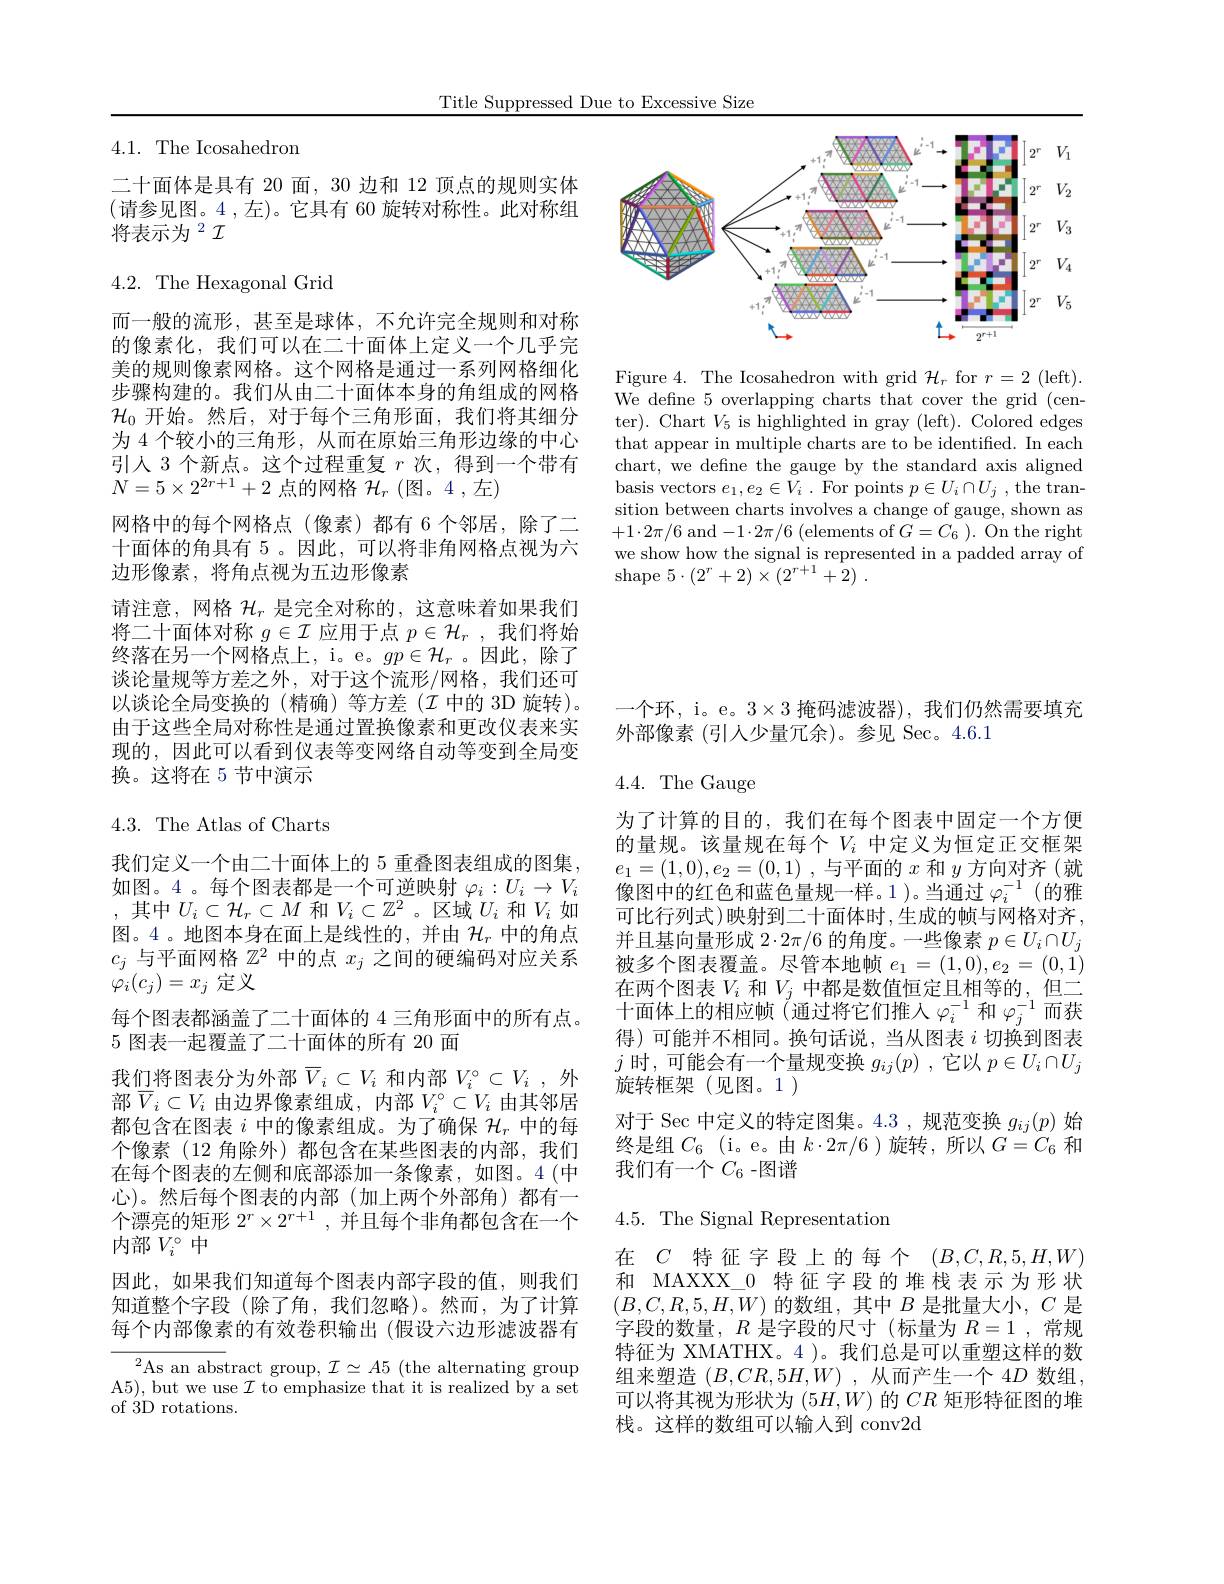
Title Suppressed Due to Excessive Size

<FigureHere>

Figure 4. The Icosahedron with grid $\mathcal{H}_r$ for $r=2$ (left). We define 5 overlapping charts that cover the grid (center). Chart $V_5$ is highlighted in gray (left). Colored edges that appear in multiple charts are to be identified. In each chart, we define the gauge by the standard axis aligned basis vectors $e_1,e_2\in V_i$ . For points $p\in U_i\cap U_j$ , the transition between charts involves a change of gauge, shown as $+1\cdot2\pi/6$ and$-1\cdot2\pi/6$ (elements of $G=C_6).$ On the right we show how the signal is represented in a padded array of ${\mathrm{shape~}5\cdot ( 2^{r}+ 2) \times ( 2^{r+ 1}+ 2) }$ .

## 4.1. The Icosahedron

二十面体是具有 20 面，30 边和 12 顶点的规则实体(请参见图。4 ,左)。它具有 60 旋转对称性。此对称组将表示为$^2\mathcal{I}$

4.2. The Hexagonal Grid

而一般的流形，甚至是球体，不允许完全规则和对称的像素化，我们可以在二十面体上定义一个几乎完美的规则像素网格。这个网格是通过一系列网格细化步骤构建的。我们从由二十面体本身的角组成的网格$\mathcal{H}_0$开始。然后，对于每个三角形面，我们将其细分为 4 个较小的三角形，从而在原始三角形边缘的中心引人 3 个新点。这个过程重复$r$次，得到一个带有$N=5\times2^{2r+1}+2$点的网格$\mathcal{H}_r\left(\text{图。4,左}\right)$
网格中的每个网格点(像素)都有 6 个邻居，除了二十面体的角具有 5 。因此，可以将非角网格点视为六边形像素，将角点视为五边形像素
请注意，网格$\mathcal{H}_r$是完全对称的，这意味着如果我们将二十面体对称$g\in\mathcal{I}$应用于点$p\in\mathcal{H}_r$,我们将始终落在另一个网格点上，i。e。$gp\in\mathcal{H}_r$ 。因此，除了谈论量规等方差之外，对于这个流形/网格，我们还可以谈论全局变换的 (精确)等方差$(\mathcal{I}$中的 3D 旋转)。由于这些全局对称性是通过置换像素和更改仪表来实现的，因此可以看到仪表等变网络自动等变到全局变换。这将在 5 节中演示

4.3.The Atlas of Charts
我们定义一个由二十面体上的 5 重叠图表组成的图集， 如图。4。每个图表都是一个可逆映射$\varphi_i:U_i\to V_i$ ,其中$U_i\subset\mathcal{H}_r\subset M$和$V_i\subset\mathbb{Z}^2$ 。区域$U_i$和$V_i$如图。4。地图本身在面上是线性的，并由$\mathcal{H}_r$中的角点$c_j$与平面网格$\mathbb{Z}^2$中的点$x_j$之间的硬编码对应关系$\varphi_i(c_j)=x_j$定义
每个图表都涵盖了二十面体的 4 三角形面中的所有点。
5 图表一起覆盖了二十面体的所有 20 面
我们将图表分为外部$\overline{V}_i\subset V_i$ 和内部 $V_i^\circ\subset V_i$ ,外部$\overline{V}_i\subset V_i$由边界像素组成，内部$V_i^\circ\subset V_i$由其邻居都包含在图表$i$中的像素组成。为了确保$\mathcal{H}_r$中的每个像素(12 角除外)都包含在某些图表的内部，我们在每个图表的左侧和底部添加一条像素，如图。4(中心)。然后每个图表的内部(加上两个外部角)都有一个漂亮的矩形$2^r\times2^{r+1}$ ,并且每个非角都包含在一个内部$V_i^\circ$中
因此，如果我们知道每个图表内部字段的值，则我们知道整个字段(除了角，我们忽略)。然而，为了计算每个内部像素的有效卷积输出 (假设六边形滤波器有
${}^{2}$As an abstract group$,\mathcal{I}\simeq A5$ (the alternating group

A5), but we use $\mathcal{I}$ to emphasize that it is realized by a set
of 3D rotations.

一个环，i。e。$3\times3$掩码滤波器),我们仍然需要填充
外部像素(引人少量冗余)。参见 Sec。4.6.1

4.4. The Gauge

为了计算的目的，我们在每个图表中固定一个方便的量规。该量规在每个$V_i$中定义为恒定正交框架$e_1=(1,0),e_2=(0,1)$ ,与平面的$x$和$y$方向对齐(就像图中的红色和蓝色量规一样。1)。当通过$\varphi_i^{-1}$ (的雅可比行列式)映射到二十面体时，生成的帧与网格对齐， 并且基向量形成$2\cdot2\pi/6$的角度。一些像素$p\in U_i\cap U_j$ 被多个图表覆盖。尽管本地帧$e_1=(1,0),e_2=(0,\dot{1})$ 在两个图表$V_i$和$V_j$中都是数值恒定且相等的，但二十面体上的相应帧(通过将它们推入$\varphi_i^-1$和$\varphi_j^{-1}$而获得)可能并不相同。换句话说，当从图表$i$切换到图表$\begin{array}{c}j\text{ 时，可能会有一个量规变换 }g_{ij}(p)&,\text{它以 }p\in U_{i}\cap U_{j}\\\text{旋转框架 (见图。1 )}\end{array}$ 对于 Sec 中定义的特定图集。4.3 ,规范变换$g_ij(p)$始终是组$C_6$ (i。e。由$k\cdot2\pi/6$ )旋转，所以$G=C_6$和我们有一个$C_6$ -图谱

# 4.5. The Signal Representation

在 $C$ 特征字段上的每个$(B,C,R,5,H,W)$ 和 MAXXX\_0 特征字段的堆栈表示为形状$(B,C,R,5,H,W)$的数组，其中$B$是批量大小$,C$是字段的数量，$R$是字段的尺寸(标量为$R=1$,常规特征为 XMATHX。4 )。我们总是可以重塑这样的数组来塑造$(B,CR,5H,W)$ ,从而产生一个 4$D$数组 , 可以将其视为形状为$(5H,W)$的$CR$矩形特征图的堆栈。这样的数组可以输入到 conv2d